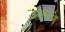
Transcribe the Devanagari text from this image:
उषाने